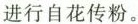
进行自花传粉。